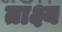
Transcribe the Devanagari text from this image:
ताक्ष्य